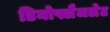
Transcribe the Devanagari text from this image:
डिनोफ्लैजलेट